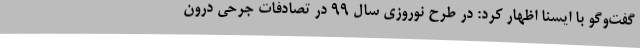
گفت‌وگو با ایسنا اظهار کرد: در طرح نوروزی سال 99 در تصادفات جرحی درون